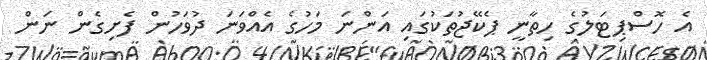
އެ ހޮސްޕިޓަލުގެ ހިތާނީ ޕެކޭޖުތަކުގައި އަންނަ މަހުގެ އެއްވަނަ ދުވަހުން ފެށިގެން ނަން